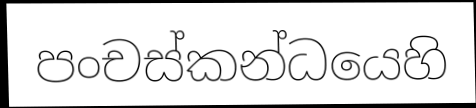
පංචස්කන්ධයෙහි